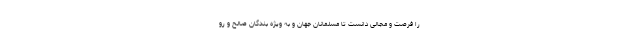
را فرصت و مجالی دانست تا مسلمانان جهان و به ویژه بندگان صالح و رو